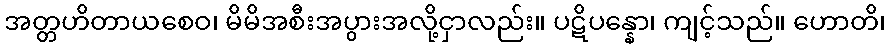
အတ္တဟိတာယစေဝ၊ မိမိအစီးအပွားအလို့ငှာလည်း။ ပဋိပန္နော၊ ကျင့်သည်။ ဟောတိ၊